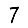
Digit: 7